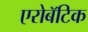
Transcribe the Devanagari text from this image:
एरोबॅटिक